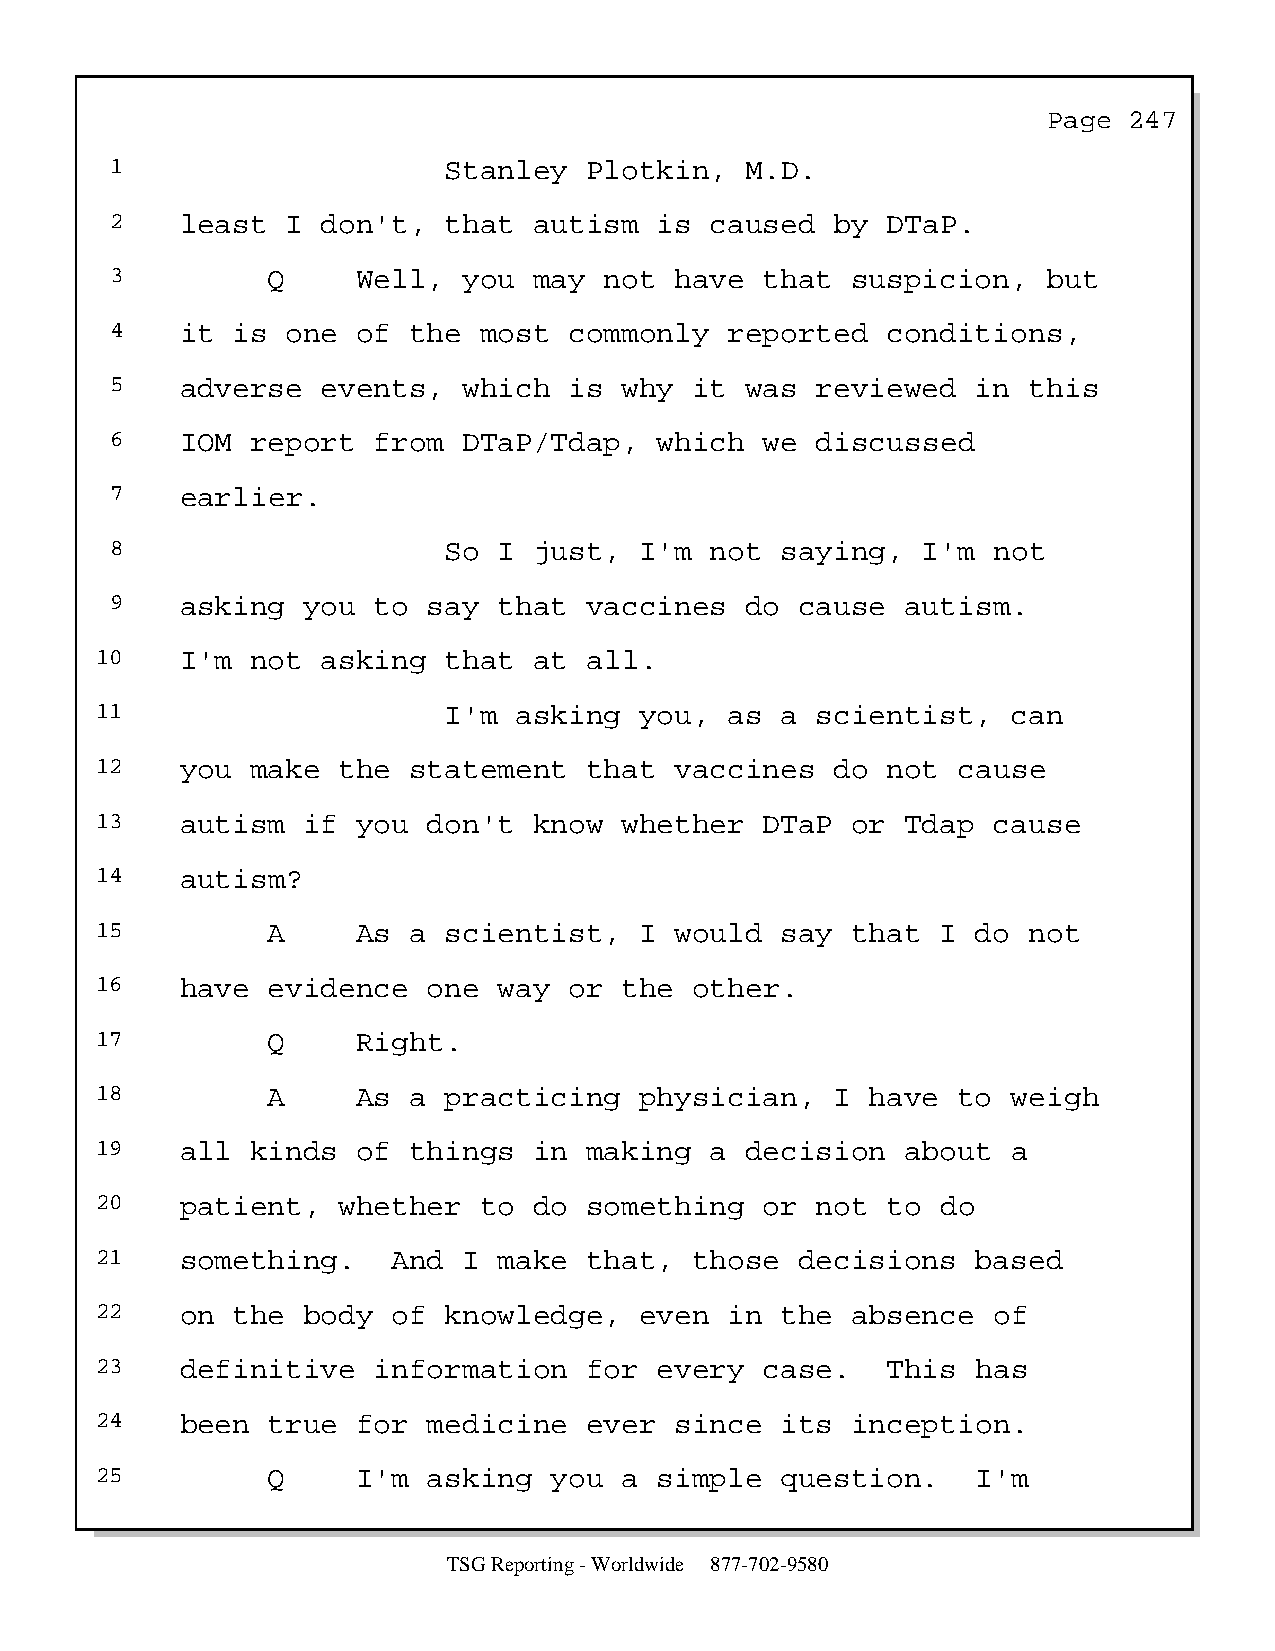
Page  247
 1                     Stanley   Plotkin,  M.D.
 2    least  I don't,  that  autism   is caused  by  DTaP.
 3          Q     Well,  you may  not  have  that suspicion,   but
 4    it is  one  of the  most  commonly  reported   conditions,
 5    adverse  events,   which  is why  it was  reviewed   in this
 6    IOM  report  from  DTaP/Tdap,   which  we discussed
 7    earlier.
 8                     So  I just,  I'm  not  saying,  I'm  not
 9    asking  you  to say  that  vaccines  do  cause  autism.
 10    I'm  not asking  that  at  all.
 11                     I'm  asking  you,  as  a scientist,   can
 12    you  make the  statement   that  vaccines  do  not cause
 13    autism  if  you don't  know  whether   DTaP or  Tdap  cause
 14    autism?
 15          A     As a scientist,   I  would  say that  I  do not
 16    have  evidence  one  way  or the  other.
 17          Q     Right.
 18          A     As a practicing   physician,   I  have to  weigh
 19    all  kinds  of things  in  making  a decision   about  a
 20    patient,  whether   to do  something   or not  to do
 21    something.    And  I make  that,  those  decisions   based
 22    on the  body  of knowledge,   even  in  the absence   of
 23    definitive   information   for  every  case.   This  has
 24    been  true  for medicine   ever  since  its inception.
 25          Q     I'm asking  you  a  simple  question.    I'm
 TSG Reporting - Worldwide 877-702-9580